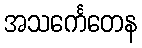
အသင်္ကေတေန